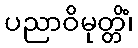
ပညာဝိမုတ္တိံ၊